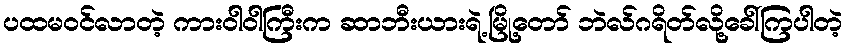
ပထမဝင်လာတဲ့ ကားဝါဝါကြီးက ဆာဘီးယားရဲ့မြို့တော် ဘဲလ်ဂရိတ်လို့ခေါ်ကြပါတဲ့